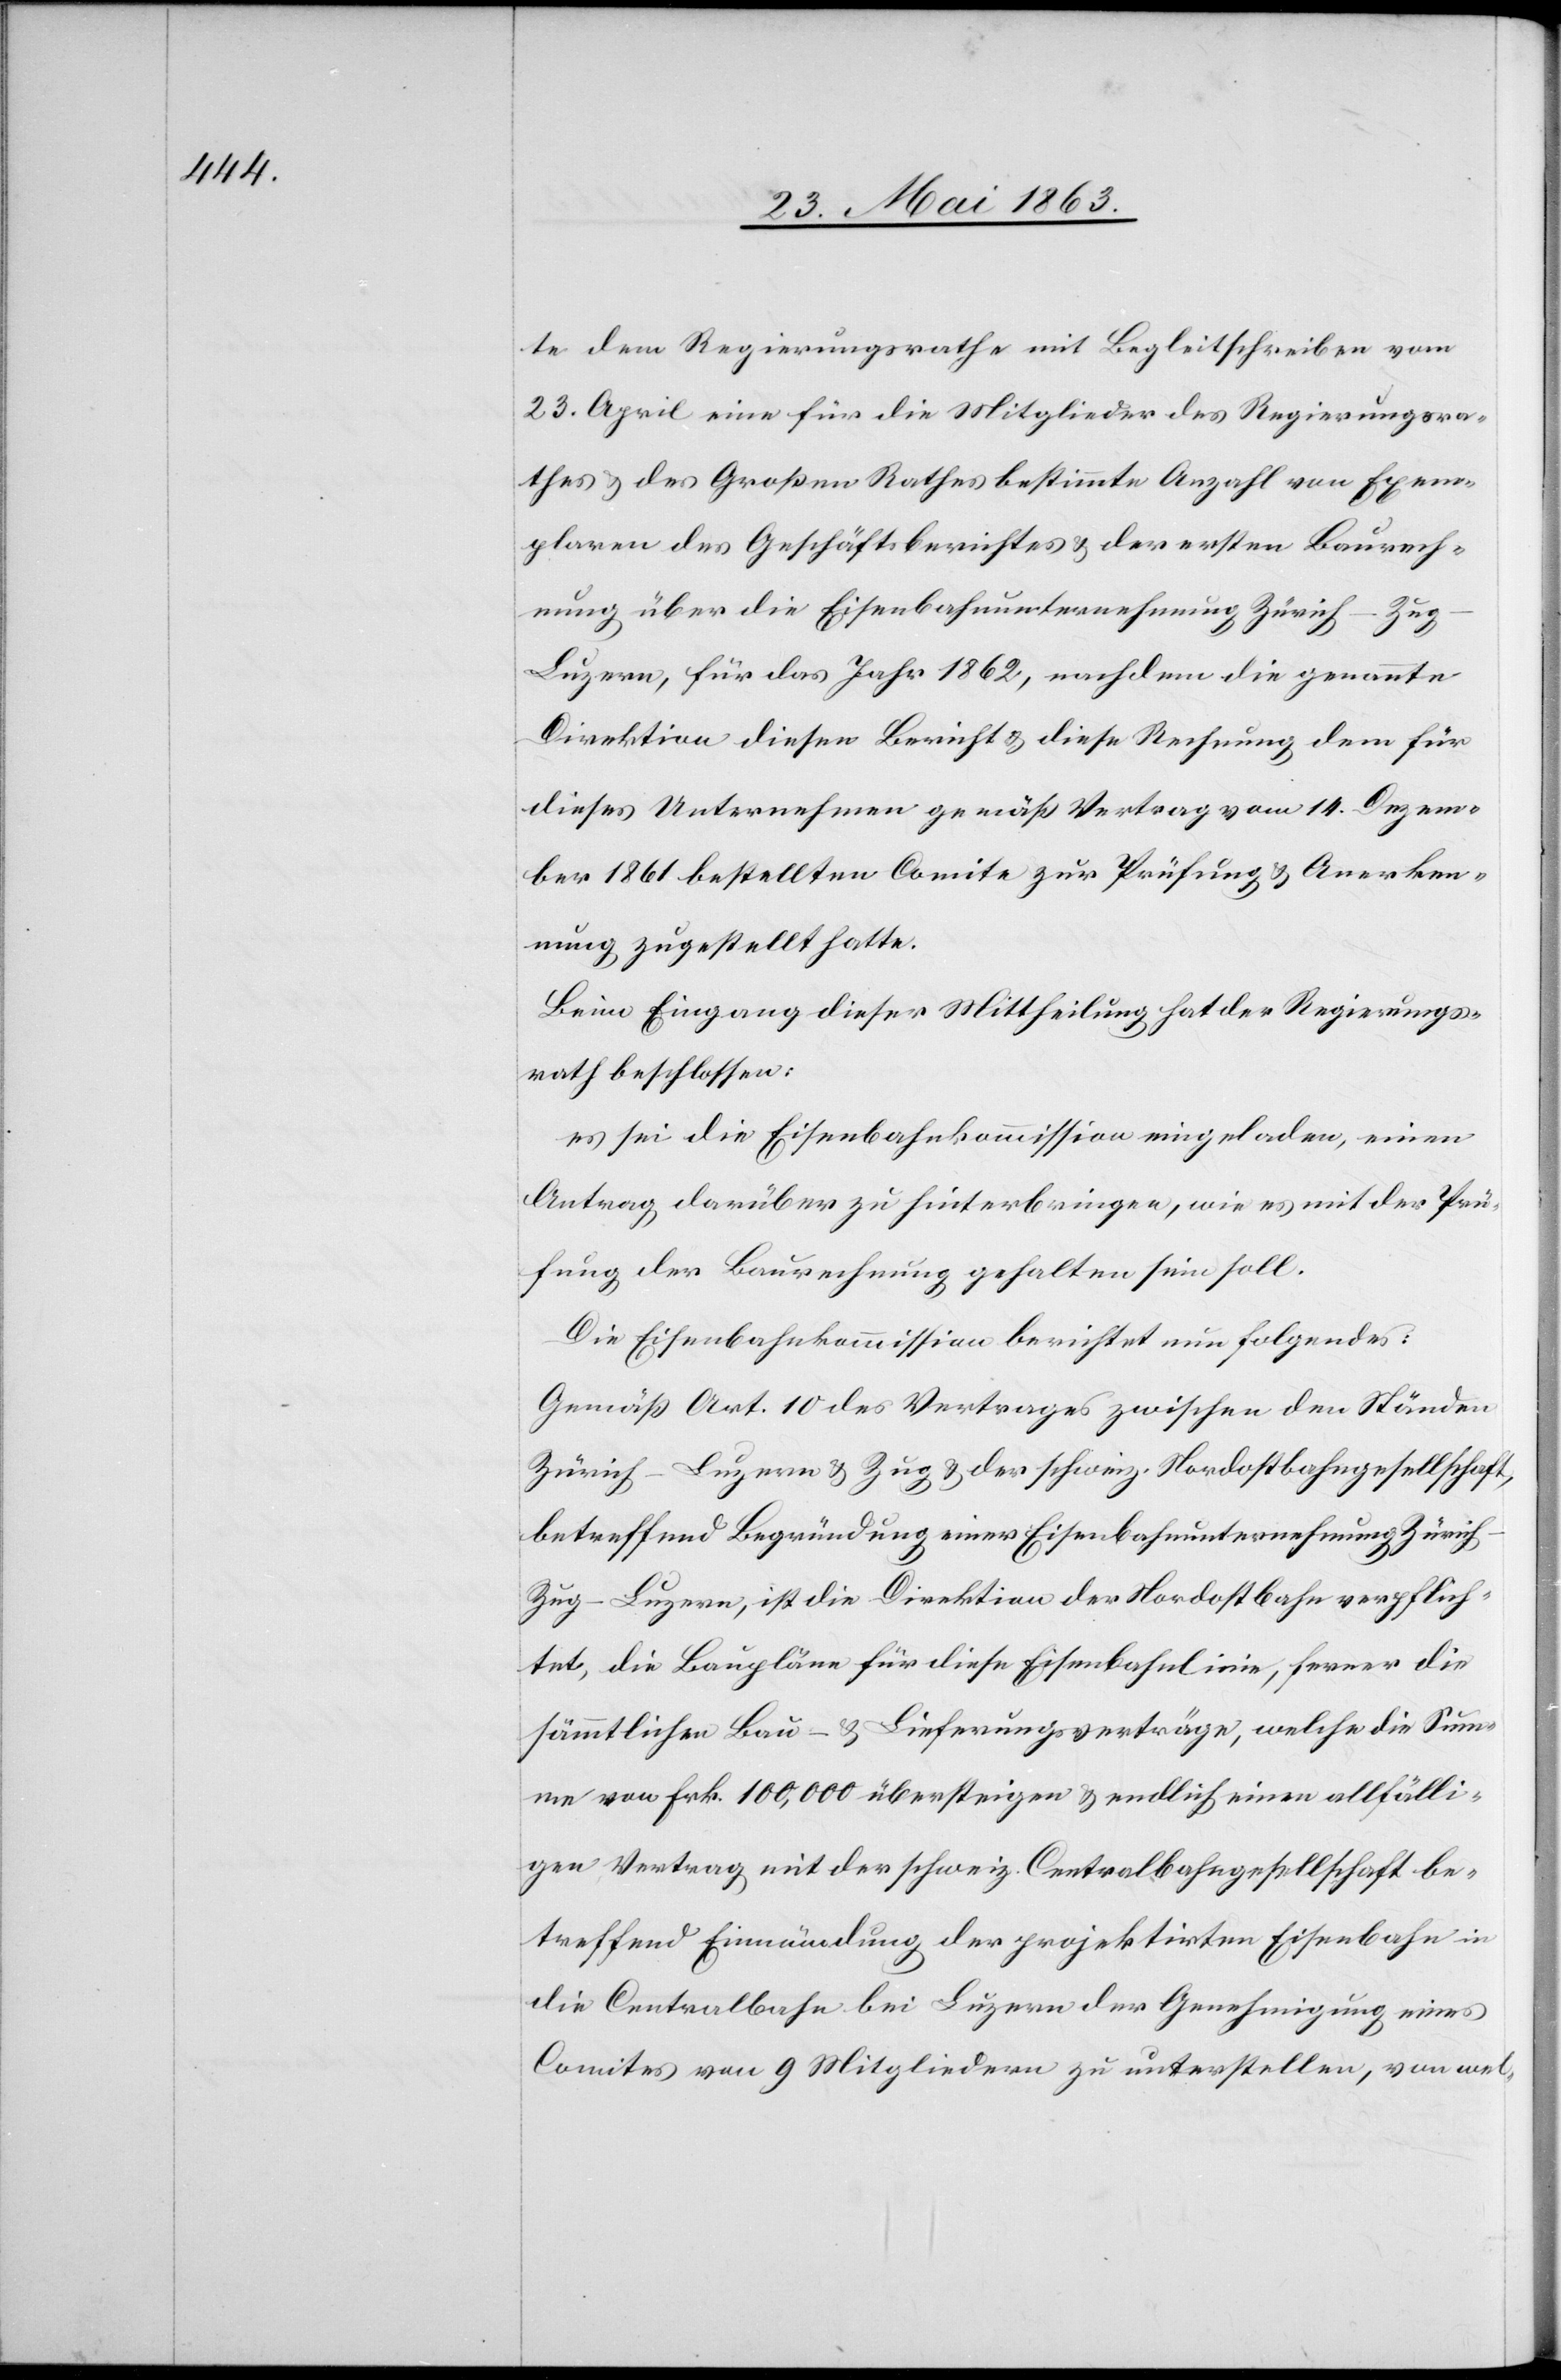
te dem Regierungsrathe mit Begleitschreiben vom
23. April eine für die Mitglieder des Regierungsra¬
thes & des Großen Rathes bestimmte Anzahl von Exem¬
plaren des Geschäftsberichtes & der ersten Baurech¬
nung über die Eisenbahnunternehmung Zürich–Zu¬
g–Luzern, für das Jahr 1862, nachdem die genannte
Direktion diesen Bericht & diese Rechnung dem für
dieses Unternehmen gemäß Vertrag vom 14. Dezem¬
ber 1861 bestellten Comite zur Prüfung & Anerken¬
nung zugestellt hatte.
Beim Eingang dieser Mittheilung hat der Regierungs¬
rath beschlossen:
es sei die Eisenbahnkommission eingeladen, einen
Antrag darüber zu hinterbringen, wie es mit der Prü¬
fung der Baurechnung gehalten sein soll.
Die Eisenbahnkommission berichtet nun folgendes:
Gemäß Art. 10 des Vertrages zwischen den Ständen
Zürich–Luzern & Zug & der schweiz. Nordostbahngesellschaft,
betreffend Begründung einer Eisenbahnunternehmung Züric¬
h–Zug–Luzern, ist die Direktion der Nordostbahn verpflich¬
tet, die Baupläne für diese Eisenbahnlinie, ferner die
sämmtlichen Bau- & Lieferungsverträge, welche die Sum¬
me von Frk. 100,000 übersteigen & endlich einen allfälli¬
gen Vertrag mit der schweiz. Centralbahngesellschaft be¬
treffend Einmündung der projektirten Eisenbahn in
die Centralbahn bei Luzern der Genehmigung eines
Comites von 9 Mitgliedern zu unterstellen, von wel-